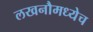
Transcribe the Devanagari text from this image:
लखनौमध्येच